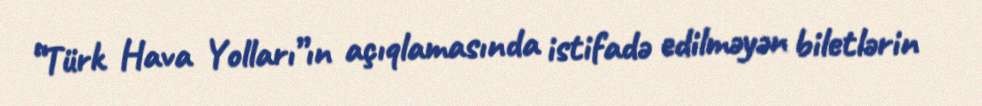
“Türk Hava Yolları”ın açıqlamasında istifadə edilməyən biletlərin